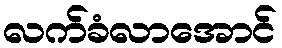
လက်ခံလာအောင်